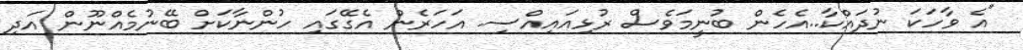
"އެ ވާހަކަ ނުދައްކާ..އެހެން ބުނީމަވެސް ރުޅިއައިއްސި. އަހަރެން އެގޭގައި ހުންނާކަށް ބޭނުމެއްނޫން އަދި